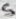
Text: 5